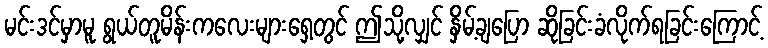
မင်းဒင်မှာမူ ရွယ်တူမိန်းကလေးများရှေ့တွင် ဤသို့လျှင် နှိမ့်ချပြော ဆိုခြင်းခံလိုက်ရခြင်းကြောင့်